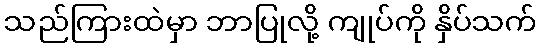
သည်ကြားထဲမှာ ဘာပြုလို့ ကျုပ်ကို နှိပ်သက်